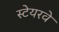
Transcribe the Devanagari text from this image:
स्टेयरवे